Civil Veterinary Department Bihar & Orissa reports 1922-29 - 1922-1929
Year: 1922
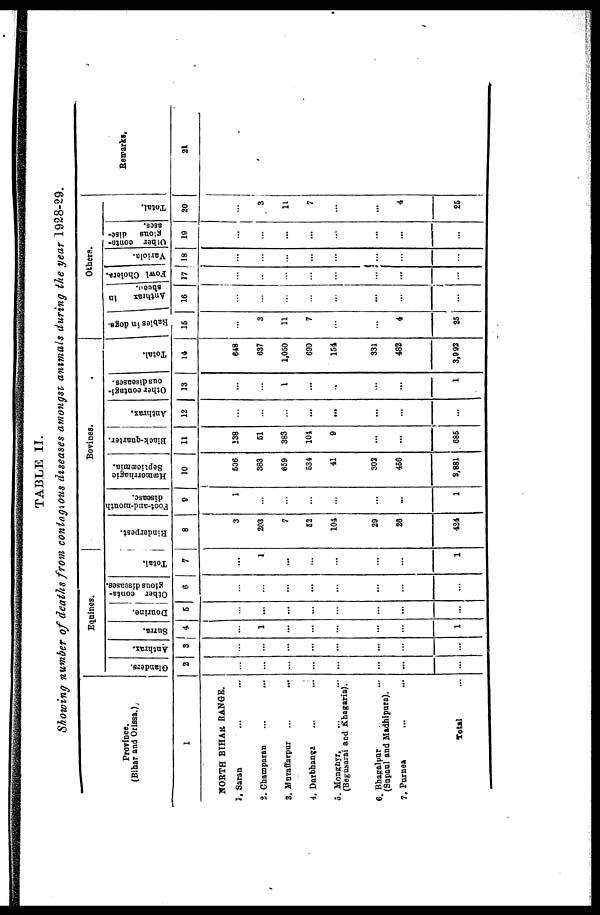
TABLE II
Showing number of deaths from contagious diseases amongst animals during the year 1928-29.
Profince.
(Bihar and Orissa.)
1
NORTH BIHAR RANGE.
1. Saran ... ...
2. Champaran ... ...
3. Mnzaffarpur ... ...
4. Darbhanga ... ...
5. Monghyr. ... ...
(Begusarai and Khagaria).
6. Bhagalpur
(Supaul and Madhipura).
7. Purnea ... ...
Total ...
Eqnines.
Glanders.
2
...
...
...
...
...
...
...
...
Anthrax.
3
...
...
...
...
...
...
...
...
Surra.
4
...
1
...
...
...
...
...
1
Dourine.
Other conta-
gious diseases.
5
...
...
...
...
...
...
...
...
6
...
...
...
...
...
...
...
...
Total.
7
...
1
...
...
...
...
...
1
Bovines
Rinderpest.
8
3
203
7
52
104
29
26
424
Foot-and-mouth
disease.
9
1
...
...
...
...
...
...
1
Hæmorrhagic
Septicæmia.
Black-quarter.
10
11
506
383
659
534
41
302
460
8,881
138
51
383
104
9
...
...
686
Anthrax.
12
...
...
...
...
...
...
...
Other contagi-
ous diseases.
13
...
...
1
...
...
...
...
1
Total.
14
648
637
1,050
690
154
331
482
3,992
Others
Rabies in dogs
16
...
3
11
7
...
...
4
25
Anthrax
in
16
...
...
...
...
...
...
...
...
Fowl Cholera.
17
...
...
...
...
...
...
...
Variola.
18
...
...
...
...
...
...
...
...
Other conta-
gious
dise-
ases.
19
...
...
...
...
...
...
...
...
Total.
20
...
3
11
7
...
...
4
25
Remar
21